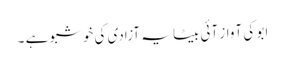
ابو کی آواز آئی بیٹا یہ آزادی کی خوشبو ہے ۔